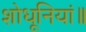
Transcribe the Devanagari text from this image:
शोधूनियां॥